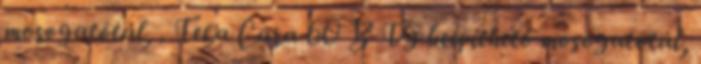
mosogatótál, . Teka Cara 60 B TG beépíthető mosogatótál,